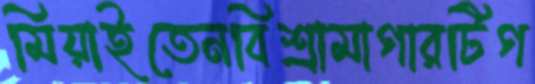
মিয়াইতেনবিশ্রামাগারটিগ